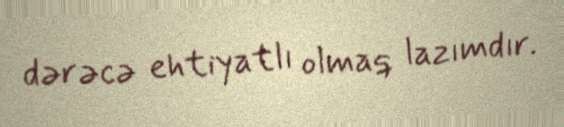
dərəcə ehtiyatlı olmaq lazımdır.